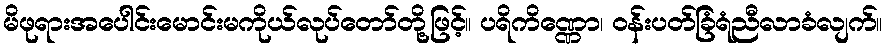
မိဖုရားအပေါင်းမောင်းမကိုယ်လုပ်တော်တို့ဖြင့်။ ပရိကိဏ္ဏော၊ ဝန်းပတ်ခြံရံညီလာခံလျက်။